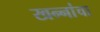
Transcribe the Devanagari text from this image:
खन्‍नांचा